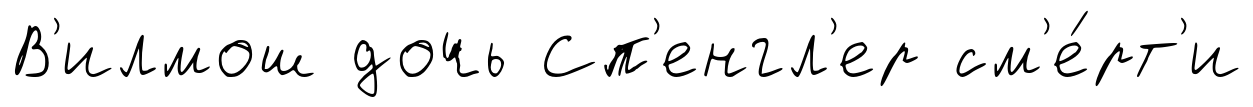
В'илмош дочь Сп'енгл'ер см'е́рт'и